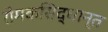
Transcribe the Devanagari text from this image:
रोमकसिद्धान्त